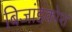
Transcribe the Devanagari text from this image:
बिजांडकोश